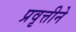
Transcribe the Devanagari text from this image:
प्रवृत्तीने